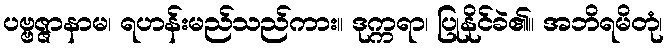
ပဗ္ဗဇ္ဇာနာမ၊ ရဟန်းမည်သည်ကား။ ဒုက္ကရာ၊ ပြုနိုင်ခဲ၏။ အဘိရမိတုံ၊